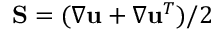
\mathbf { S } = ( \nabla \mathbf { u } + \nabla \mathbf { u } ^ { T } ) / 2